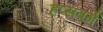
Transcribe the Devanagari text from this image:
हप्सबर्ग